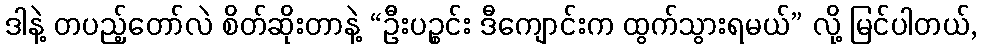
ဒါနဲ့ တပည့်တော်လဲ စိတ်ဆိုးတာနဲ့ “ဦးပဉ္စင်း ဒီကျောင်းက ထွက်သွားရမယ်” လို့ မြင်ပါတယ်,